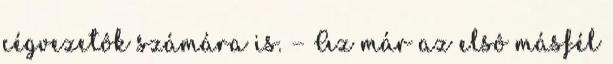
cégvezetôk számára is. — Az már az elsô másfél